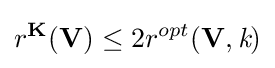
r^{\mathbf {K} }(\mathbf {V} )\leq 2r^{opt}(\mathbf {V} ,{\textit {k}})